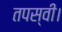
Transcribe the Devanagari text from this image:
तपस्वी।